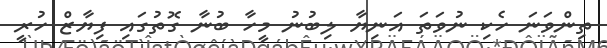
ތިންވަނަ ހެކި ނުވަތަ އަނިޔާ ލިބުނު މީހާ ބުނާ ގޮތުގައި ފިޔާޒް ހުރީ